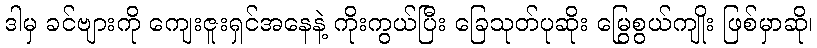
ဒါမှ ခင်ဗျားကို ကျေးဇူးရှင်အနေနဲ့ ကိုးကွယ်ပြီး ခြေသုတ်ပုဆိုး မြွေစွယ်ကျိုး ဖြစ်မှာဆို၊